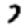
Digit: 7